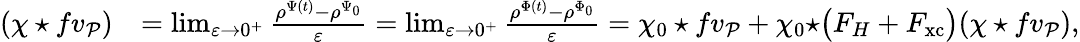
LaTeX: \begin{array}{rl}{(\chi\star fv_{\mathcal{P}})}&{=\operatorname*{lim}_{\varepsilon\rightarrow 0^{+}}\frac{\rho^{\Psi(t)}-\rho^{\Psi_{0}}}{\varepsilon}=\operatorname*{lim}_{\varepsilon\rightarrow 0^{+}}\frac{\rho^{\Phi(t)}-\rho^{\Phi_{0}}}{\varepsilon}=\chi_{0}\star fv_{\mathcal{P}}+\chi_{0}\star\bigr(F_{H}+F_{\mathrm{xc}}\bigr)(\chi\star fv_{\mathcal{P}}),}\end{array}